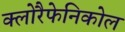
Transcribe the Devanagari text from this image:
क्लोरैफेनिकोल